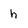
Character: h